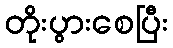
တိုးပွားစေပြီး